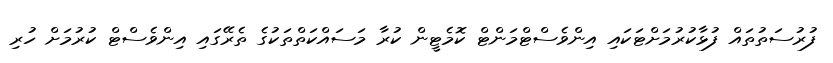
ފުރުސަތުތައް ފުޅާކުރުމަށްޓަކައި އިންވެސްޓްމަންޓް ކޮމެޓީން ކުރާ މަސައްކަތްތަކުގެ ތެރޭގައި އިންވެސްޓް ކުރުމަށް ހުރި